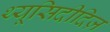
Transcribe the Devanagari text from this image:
थ्यूसिदीदिज़